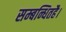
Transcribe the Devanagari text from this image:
सम्बन्धितहै।